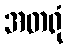
အတရုံ